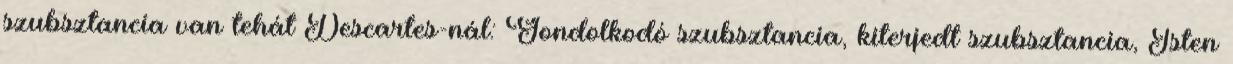
szubsztancia van tehát Descartes-nál: Gondolkodó szubsztancia, kiterjedt szubsztancia, Isten